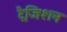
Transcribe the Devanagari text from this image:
ट्रैजिशन